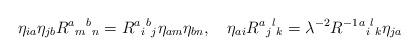
LaTeX: \begin{align*}\eta_{ia}\eta_{jb}R^a{}_m{}^b{}_n=R^a{}_i{}^b{}_j\eta_{am}\eta_{bn}, \quad\eta_{ai}R^a{}_j{}^l{}_k=\lambda^{-2}R^{-1}{}^a{}_i{}^l{}_k\eta_{ja}\end{align*}